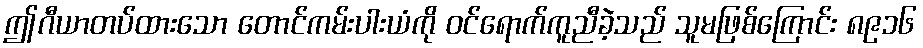
ဤဂီယာတပ်ထားသော တောင်ကမ်းပါးယံကို ဝင်ရောက်ကူညီခဲ့သည် သူမဖြစ်ကြောင်း ၈၉၁၆